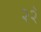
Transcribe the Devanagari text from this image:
२२ॅ